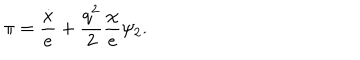
LaTeX: \pi = { \frac { \dot { x } } { e } } + { \frac { q ^ { 2 } } { 2 } } { \frac { \chi } { e } } \psi _ { 2 } .